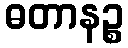
ဓတာနဉ္စ